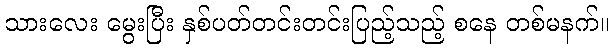
သားလေး မွေးပြီး နှစ်ပတ်တင်းတင်းပြည့်သည့် စနေ တစ်မနက်။